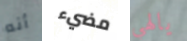
أنه مضيء يالهي